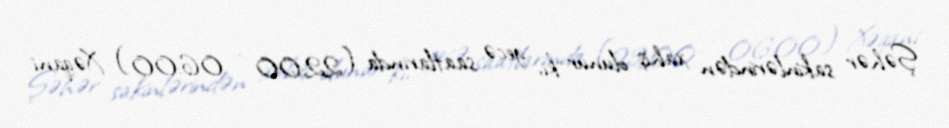
Şəhər sakinlərindən xahiş olunur ki, gecə saatlarında (22:00 – 06:00) Xəqani